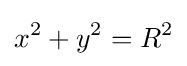
x^{2}+y^{2}=R^{2}